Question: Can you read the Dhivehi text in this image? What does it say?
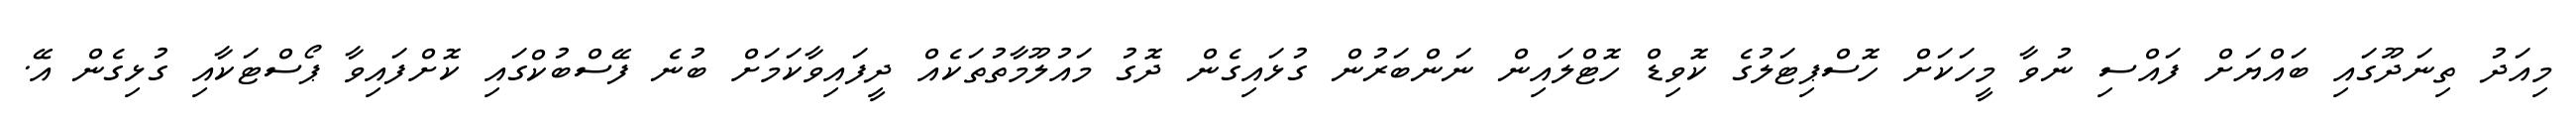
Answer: މިއަދު ތިނަދޫގައި ބައްޔަށް ފައްސި ނުވާ މީހަކަށް ހޮސްޕިޓަލުގެ ކޮވިޑް ހޮޓްލައިން ނަންބަރުން ގުޅައިގެން ދޮގު މައުލޫމާތުތަކެއް ދީފައިވާކަމަށް ބުނެ ފޭސްބުކްގައި ކޮށްފައިވާ ޕޯސްޓަކާއި ގުޅިގެން އޭ.